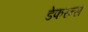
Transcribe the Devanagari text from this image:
डेफरन्स